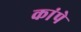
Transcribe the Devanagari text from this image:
कांपे